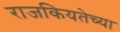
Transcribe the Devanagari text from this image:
राजकियतेच्या